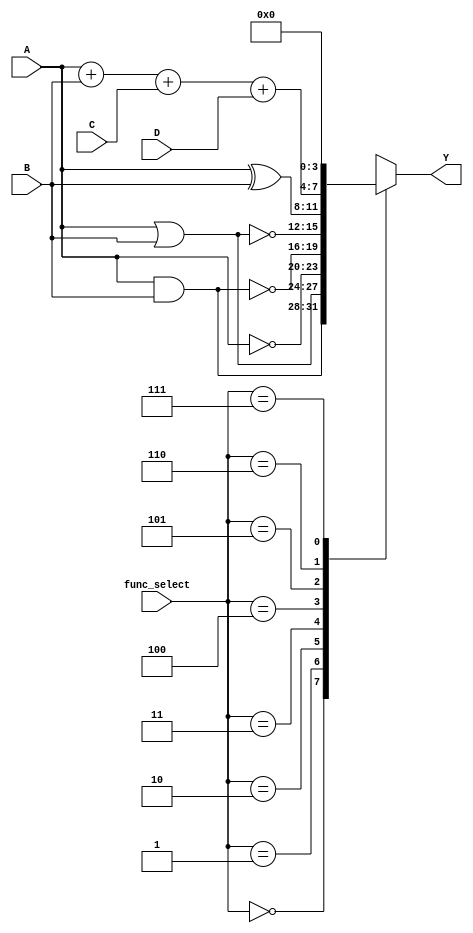
module combinational_logic_block #(
    parameter N = 4, // Number of bits for inputs
    parameter M = 4  // Number of bits for outputs
)(
    input  [N-1:0] A, // Input A
    input  [N-1:0] B, // Input B
    input  [N-1:0] C, // Input C (optional)
    input  [N-1:0] D, // Input D (optional)
    input  [2:0] func_select, // Function select signal
    output reg [M-1:0] Y // Output Y
);

// Function Select Encoding
// 3'b000: AND
// 3'b001: OR
// 3'b010: NOT (A)
// 3'b011: NAND
// 3'b100: NOR
// 3'b101: XOR
// 3'b110: Custom Logic (e.g., A + B + C + D)
// 3'b111: Default (0)

always @(*) begin
    case (func_select)
        3'b000: Y = A & B;                       // AND
        3'b001: Y = A | B;                       // OR
        3'b010: Y = ~A;                          // NOT
        3'b011: Y = ~(A & B);                    // NAND
        3'b100: Y = ~(A | B);                    // NOR
        3'b101: Y = A ^ B;                       // XOR
        3'b110: Y = A + B + C + D;               // Custom Logic (example)
        3'b111: Y = {M{1'b0}};                   // Default output (0)
        default: Y = {M{1'b0}};                  // Safety default
    endcase
end

endmodule